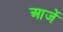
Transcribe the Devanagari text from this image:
आजें